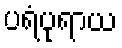
ပရံပုရာယ